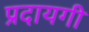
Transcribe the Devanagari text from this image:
प्रदायगी